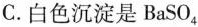
C. 白色沉淀是BaSO_{4}